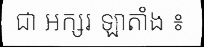
ជា អក្សរ ឡាតាំង ៖